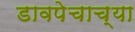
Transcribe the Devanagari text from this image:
डावपेचाच्या